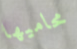
محاميها